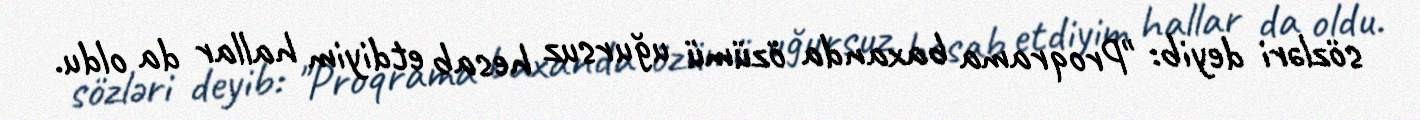
sözləri deyib: "Proqrama baxanda özümü uğursuz hesab etdiyim hallar da oldu.